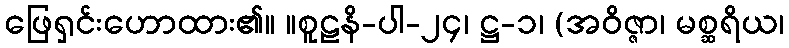
ဖြေရှင်းဟောထား၏။ ။စူဠနိ-ပါ-၂၄၊ ဋ္ဌ-၁၊ (အဝိဇ္ဇာ၊ မစ္ဆရိယ၊